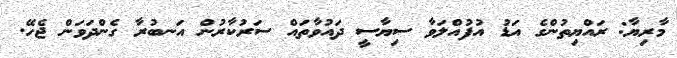
މާރިޔާ: ރައްޔިތުންގެ އަޑު އުފުއްލަވާ ސިޔާސީ ދައުވާތައް ސަރުކާރުން އަނބުރާ ގެންދަވަން ޖެހޭ.